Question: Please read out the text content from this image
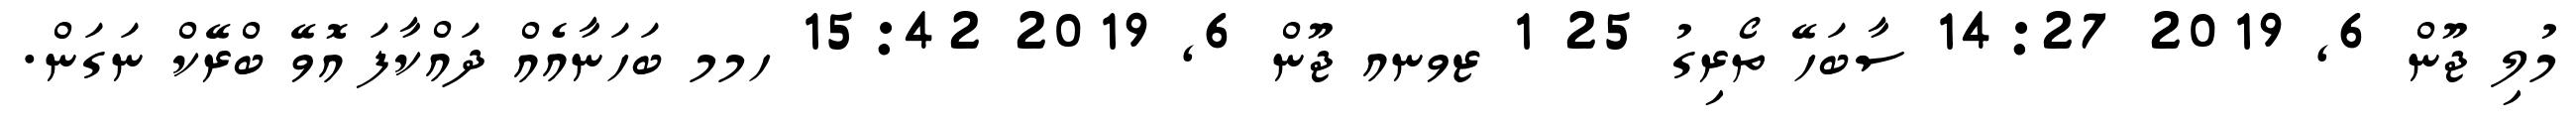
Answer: މުލި ޖޫން 6, 2019 14:27 ސާބަހޭ ތޯރިގު 25 1 ޒވނއ ޖޫން 6, 2019 15:42 ހމމ ބަހަނާއެއް ދައްކާފަ އޮވޭ ބްރޭކް ނަގަން.